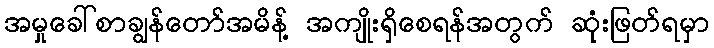
အမှုခေါ်စာချွန်တော်အမိန့် အကျိုးရှိစေရန်အတွက် ဆုံးဖြတ်ရမှာ